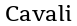
Cavali